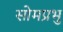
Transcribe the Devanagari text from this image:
सोमप्रभु